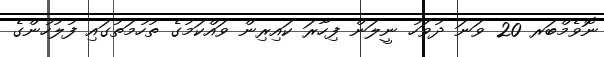
ނޮވެމްބަރ 20 ވަނަ ދުވަހު ނީލަން ފިހާރަ ކައިރިން ވައްކަމުގެ ތުހުމަތުގައި ފުލުހުންގެ